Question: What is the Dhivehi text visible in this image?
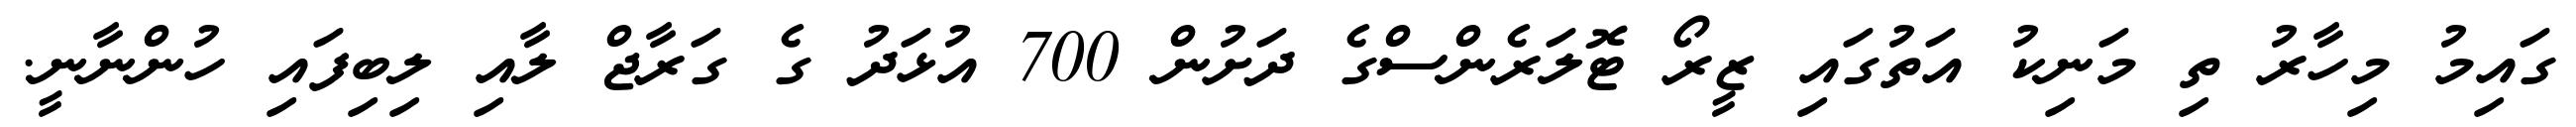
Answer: ގައިމު މިހާރު ތި މަނިކު އަތުގައި ޒީރޯ ޓޮލަރެންސްގެ ދަށުން 700 އުޅަދު ގެ ގަރާޖް ލާއި ލިބިފައި ހުންނާނީ.